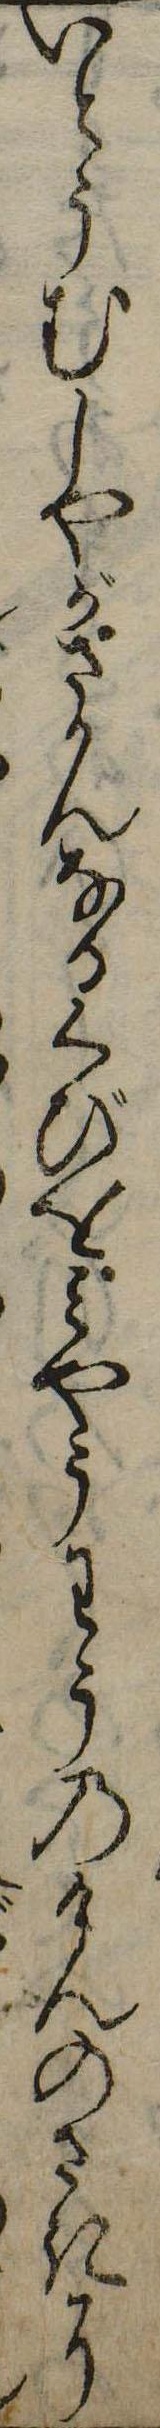
いとうむしやがさかんなるくびをみやうわうのけんのさきに